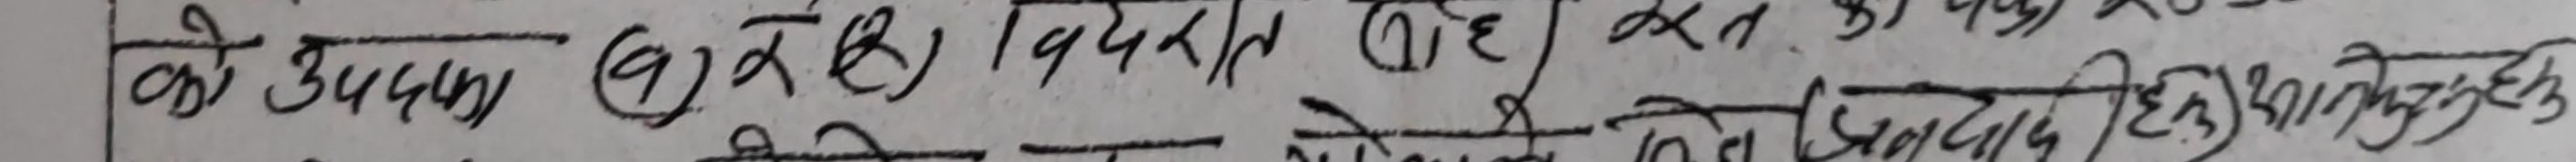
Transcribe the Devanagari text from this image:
को उपयुक्त छ (2) र (1) 9 विदरित (1) है अत क भी
ने क्षेत्र के लिए एक आधार हैं कि उन्हें प्राप्त है जो आधुनिक अधिमानव को ही है